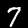
Label: 7